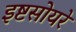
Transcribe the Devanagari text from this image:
इष्टसोयरे